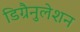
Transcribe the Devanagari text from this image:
डिग्रैनुलेशन